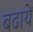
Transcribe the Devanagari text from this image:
बढायें